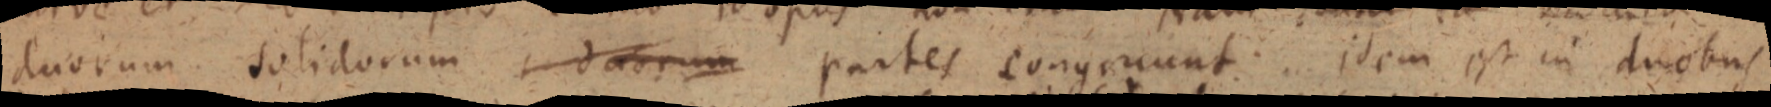
duorum solidorum duorum partes congruunt idem est in duobus